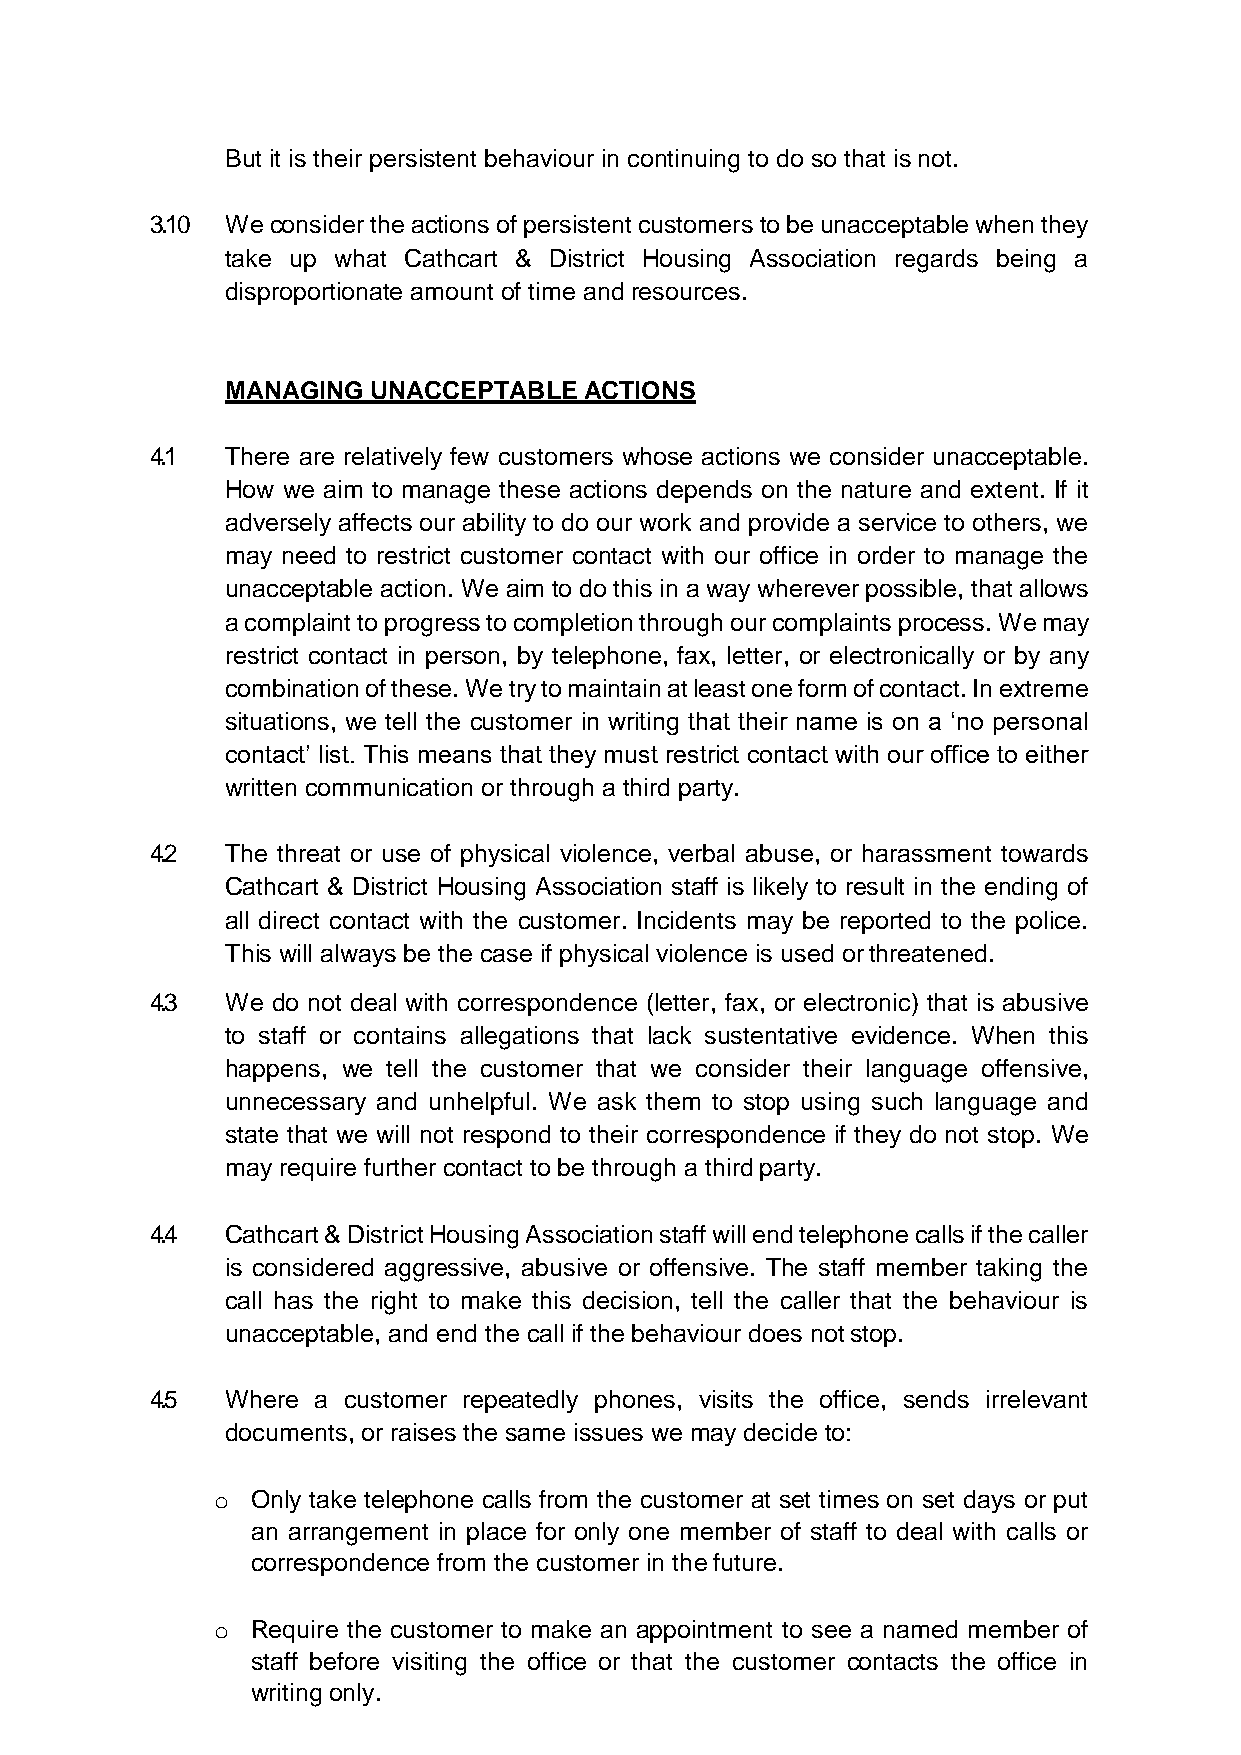
But it is their persistent behaviour in continuing to do so that is not.
 3.10 We consider the actions of persistent customers to be unacceptable when they
 take up what Cathcart & District Housing Association regards being a
 disproportionate amount of time and resources.
 MANAGING  UNACCEPTABLE  ACTIONS
 4.1  There are relatively few customers whose actions we consider unacceptable.
 How we aim to manage these actions depends on the nature and extent. If it
 adversely affects our ability to do our work and provide a service to others, we
 may need to restrict customer contact with our office in order to manage the
 unacceptable action. We aim to do this in a way wherever possible, that allows
 a complaint to progress to completion through our complaints process. We may
 restrict contact in person, by telephone, fax, letter, or electronically or by any
 combination of these. We try to maintain at least one form of contact. In extreme
 situations, we tell the customer in writing that their name is on a ‘no personal
 contact’ list. This means that they must restrict contact with our office to either
 written communication or through a third party.
 4.2  The threat or use of physical violence, verbal abuse, or harassment towards
 Cathcart & District Housing Association staff is likely to result in the ending of
 all direct contact with the customer. Incidents may be reported to the police.
 This will always be the case if physical violence is used or threatened.
 4.3  We do not deal with correspondence (letter, fax, or electronic) that is abusive
 to staff or contains allegations that lack sustentative evidence. When this
 happens, we tell the customer that we consider their language offensive,
 unnecessary and unhelpful. We ask them to stop using such language and
 state that we will not respond to their correspondence if they do not stop. We
 may require further contact to be through a third party.
 4.4  Cathcart & District Housing Association staff will end telephone calls if the caller
 is considered aggressive, abusive or offensive. The staff member taking the
 call has the right to make this decision, tell the caller that the behaviour is
 unacceptable, and end the call if the behaviour does not stop.
 4.5  Where a customer repeatedly phones, visits the office, sends irrelevant
 documents, or raises the same issues we may decide to:
 o  Only take telephone calls from the customer at set times on set days or put
 an arrangement in place for only one member of staff to deal with calls or
 correspondence from the customer in the future.
 o  Require the customer to make an appointment to see a named member of
 staff before visiting the office or that the customer contacts the office in
 writing only.